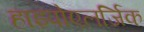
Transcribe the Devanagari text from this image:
हाइपोएलर्जिक